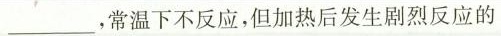
___，常温下不反应，但加热后发生剧烈反应的